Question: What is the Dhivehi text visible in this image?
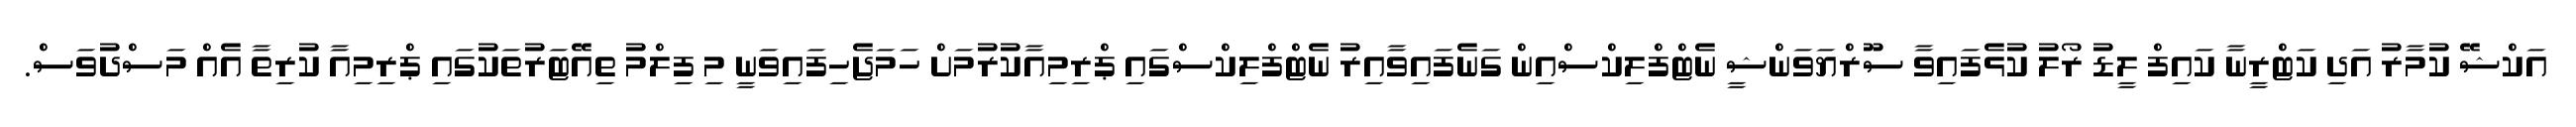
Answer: އަކްޝޭ ކުމާރު އަދި ކަޓްރީނާ ކައިފް ލީޑު ރޯލު ކުޅެފައިވާ ސޫރްޔަވަންޝީ ނެޓްފްލިކްސްއިން ގަނެފައިވާއިރު ނެޓްފްލިކްސްގައި ޕްރިމިއާކުރުމަށް ހަމަޖެހިފައިވަނީ މި ފިލްމު ތިއޭޓަރުތަކުގައި ޕްރިމިއާ ކުރިތާ އެއް މަސްދުވަސް.